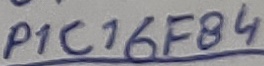
Text: P1C16F84